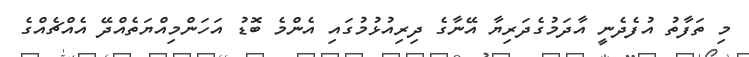
މި ތަފާތު އުފެދެނީ އާދަމުގެދަރިޔާ އޭނާގެ ދިރިއުޅުމުގައި އެންމެ ބޮޑު އަހަންމިއްޔަތެއްދޭ އެއްޗެއްގެ